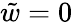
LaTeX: \tilde{w}=0